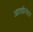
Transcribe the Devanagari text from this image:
आठवीनंतर